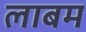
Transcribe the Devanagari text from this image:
लाबम